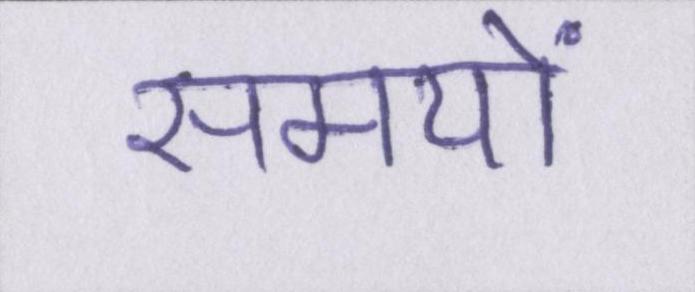
समयों